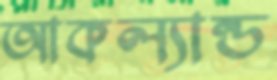
আকল্যান্ড